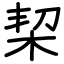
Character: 栔